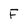
Character: F